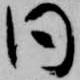
同